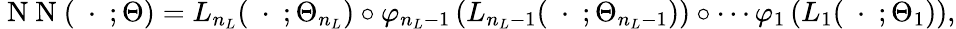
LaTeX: \mathrm{~N~N~}(\ \cdot\ ;\Theta)=L_{n_{L}}(\ \cdot\ ;\Theta_{n_{L}})\circ\varphi_{n_{L}-1}\left(L_{n_{L}-1}(\ \cdot\ ;\Theta_{n_{L}-1})\right)\circ\cdots\varphi_{1}\left(L_{1}(\ \cdot\ ;\Theta_{1})\right),